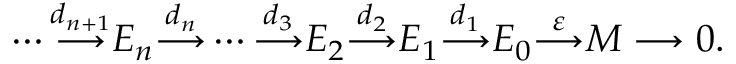
\cdots { \overset { d _ { n + 1 } } { \longrightarrow } } E _ { n } { \overset { d _ { n } } { \longrightarrow } } \cdots { \overset { d _ { 3 } } { \longrightarrow } } E _ { 2 } { \overset { d _ { 2 } } { \longrightarrow } } E _ { 1 } { \overset { d _ { 1 } } { \longrightarrow } } E _ { 0 } { \overset { \varepsilon } { \longrightarrow } } M \longrightarrow 0 .